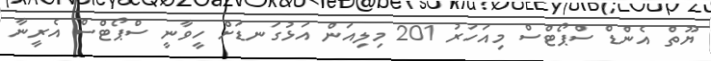
ޔޫތް އެންޑް ސްޕޯޓްސް މިއަހަރު 201 މިލިއަން އަޅުގަނޑަށް ހީވާނީ ސްޕޯޓްސް އެރީނާ